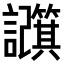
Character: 𫍕